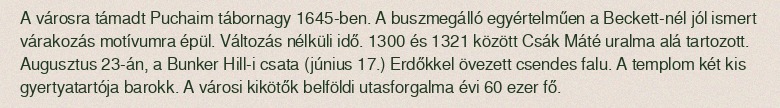
A városra támadt Puchaim tábornagy 1645-ben. A buszmegálló egyértelműen a Beckett-nél jól ismert várakozás motívumra épül. Változás nélküli idő. 1300 és 1321 között Csák Máté uralma alá tartozott. Augusztus 23-án, a Bunker Hill-i csata (június 17.) Erdőkkel övezett csendes falu. A templom két kis gyertyatartója barokk. A városi kikötők belföldi utasforgalma évi 60 ezer fő.